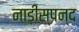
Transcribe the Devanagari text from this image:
नाड़ीस्पन्द